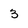
Character: 3